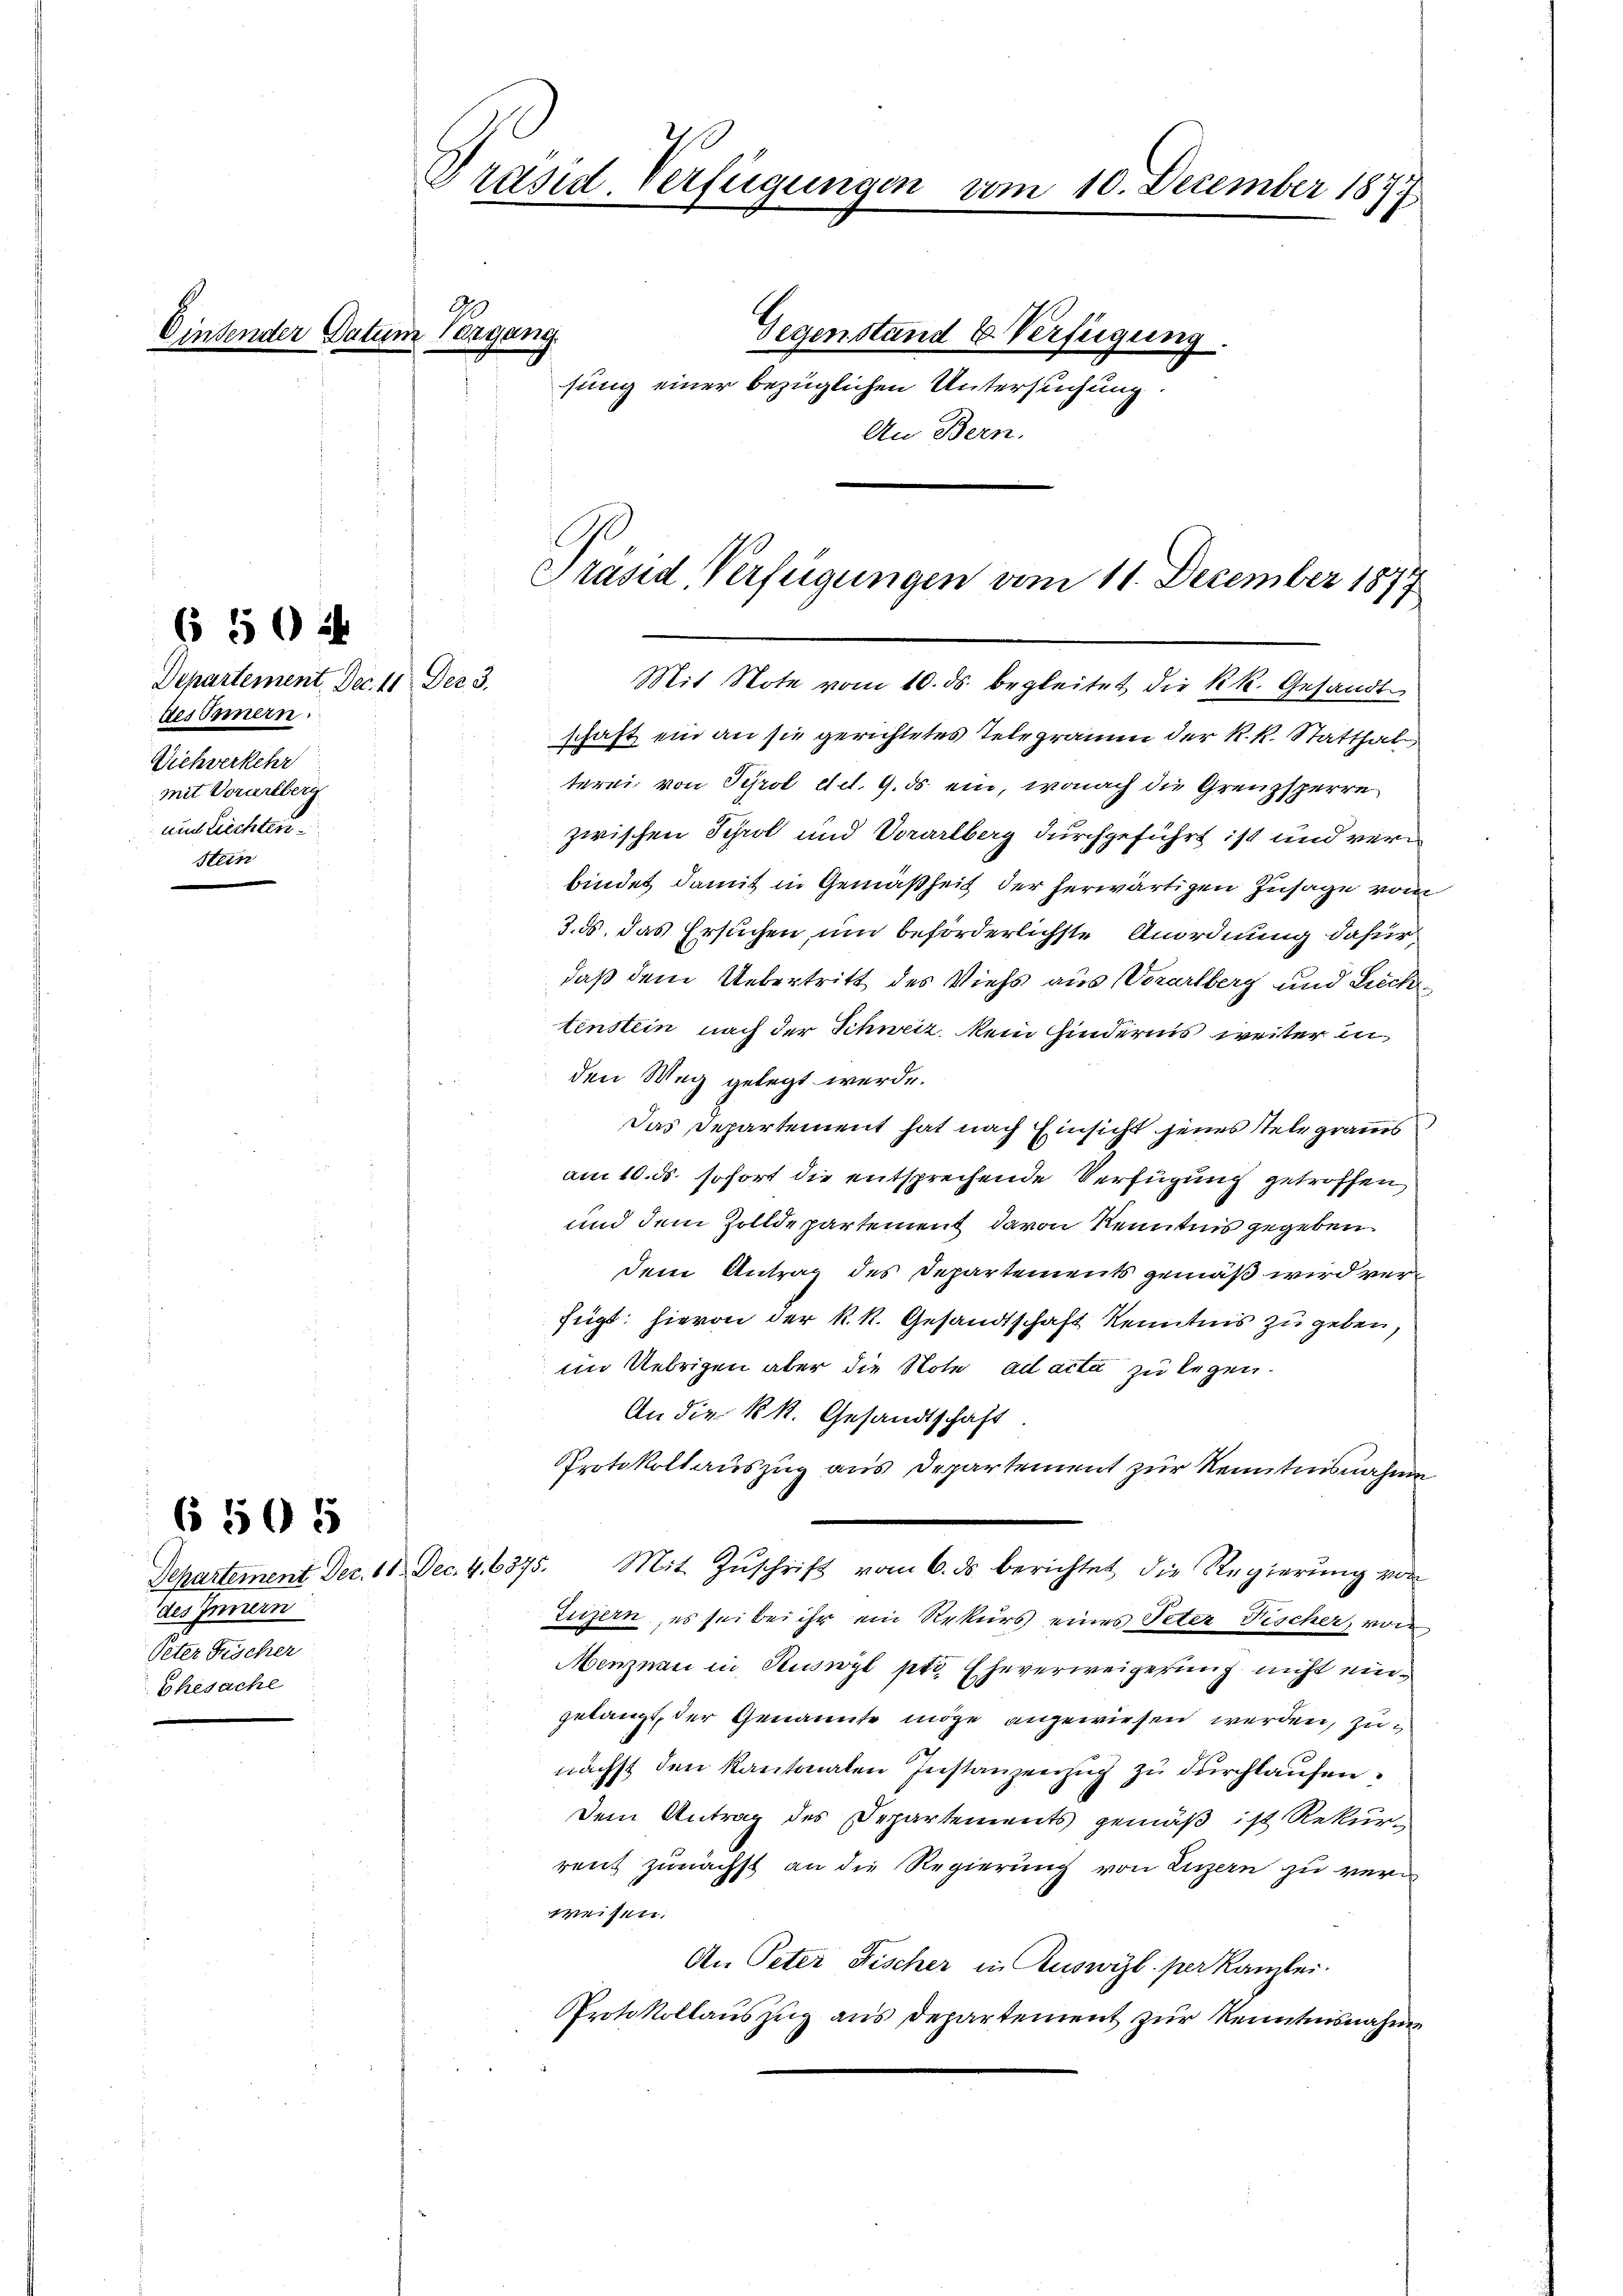
§ 504

Departement. Dec. 11. Der 3.
des Innern.
Viehverkehr
mit Vorarlbern
auch Lichter
Stein

6 505

des Innern
Peter Frischer
Ehesache

Präsid. Verfügungen vom 10. December 1877

sender Datum Vergang.

sung einer bezüglichen Untersuchung.
An Bern.

Präsid. Verfügungen vom 11. December 1877
Mit Note vom 10. ds. begleitet die kk. Gesandte
schaft ein an sie gerichtetes Telegramm der k.k. Statthal

terei von Tÿrol etc. 9. ds ein, wonach die Grenzsperre
zwischen Schrot und Vorarlberg durchgeführt ist und verbindet damit in Gemäßheit der herwärtigen Zusage vom
3.ds. das Ersuchen um beförderlichste Anordnung dafür,
daß dem Uebertritt des Viehs aus Vorarlberg und Lieche
tenstein nach der Schweiz. Mein Hindernis weiter inden Weg gelegt werde.
Das Departement hat nach Einsicht jenes Stelegrams
am 10. ds. sofort die entsprechende Verfügung getroffen,
und dem Zolldepartement davon Kenntnis gegeben.
dem Antrag des Departements gemäß wird verfügt: hievon der k. k. Gesandtschaft Kenntnis zu geben,
im Uebrigen aber die Note ad acta zu legen.
An die k.k. Gesandtschaft.
Protokollauszug aus Departement zur Kenntnisnahme
Departement Dec. 18 Dec. 4,6375. Mit Zŭschrift vom 6. ds. berichtet die Regierŭng von
Luzern, es sei bei ihr ein Rekurs eines Peter Fischer, von
Menznau in Ruswyl pto Eheverweigerung nicht eingelangt, der Genannte möge angewiesen werden, zu
nächst den Kantonalen Instanzenzug zu durchlaufen.
Dem Antrag des Departements gemäß ist Rekur-
rent zunächst an die Regierung von Linzern zu vern
weisen.
An Peter Fischer in Ruswyl per Kanzlei.
Protokollaŭszŭg aŭs departement zur Kenntnisnahme

Gegenstand & Verfügung.